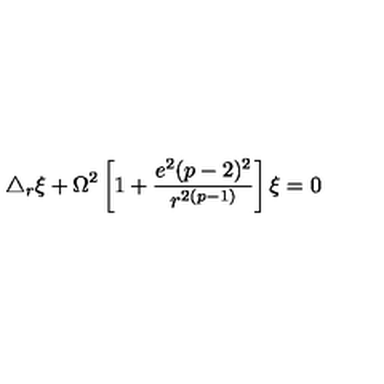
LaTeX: \triangle _ { r } \xi + \Omega ^ { 2 } \left[ 1 + \frac { e ^ { 2 } ( p - 2 ) ^ { 2 } } { r ^ { 2 ( p - 1 ) } } \right] \xi = 0